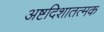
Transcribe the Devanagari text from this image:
अष्टदिशातत्मक